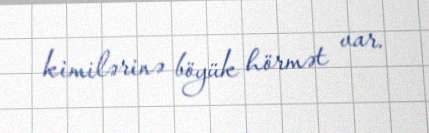
kimilərinə böyük hörmət var.